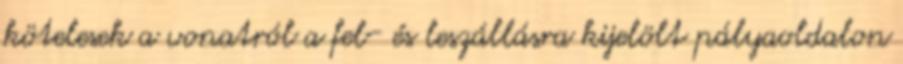
kötelesek a vonatról a fel- és leszállásra kijelölt pályaoldalon